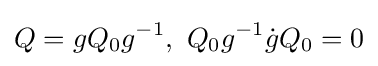
Q=gQ_{0}g^{-1},\,\,Q_{0}g^{-1}{\dot {g}}Q_{0}=0